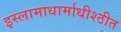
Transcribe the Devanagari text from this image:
इस्लामाधार्माधीश्ठीत